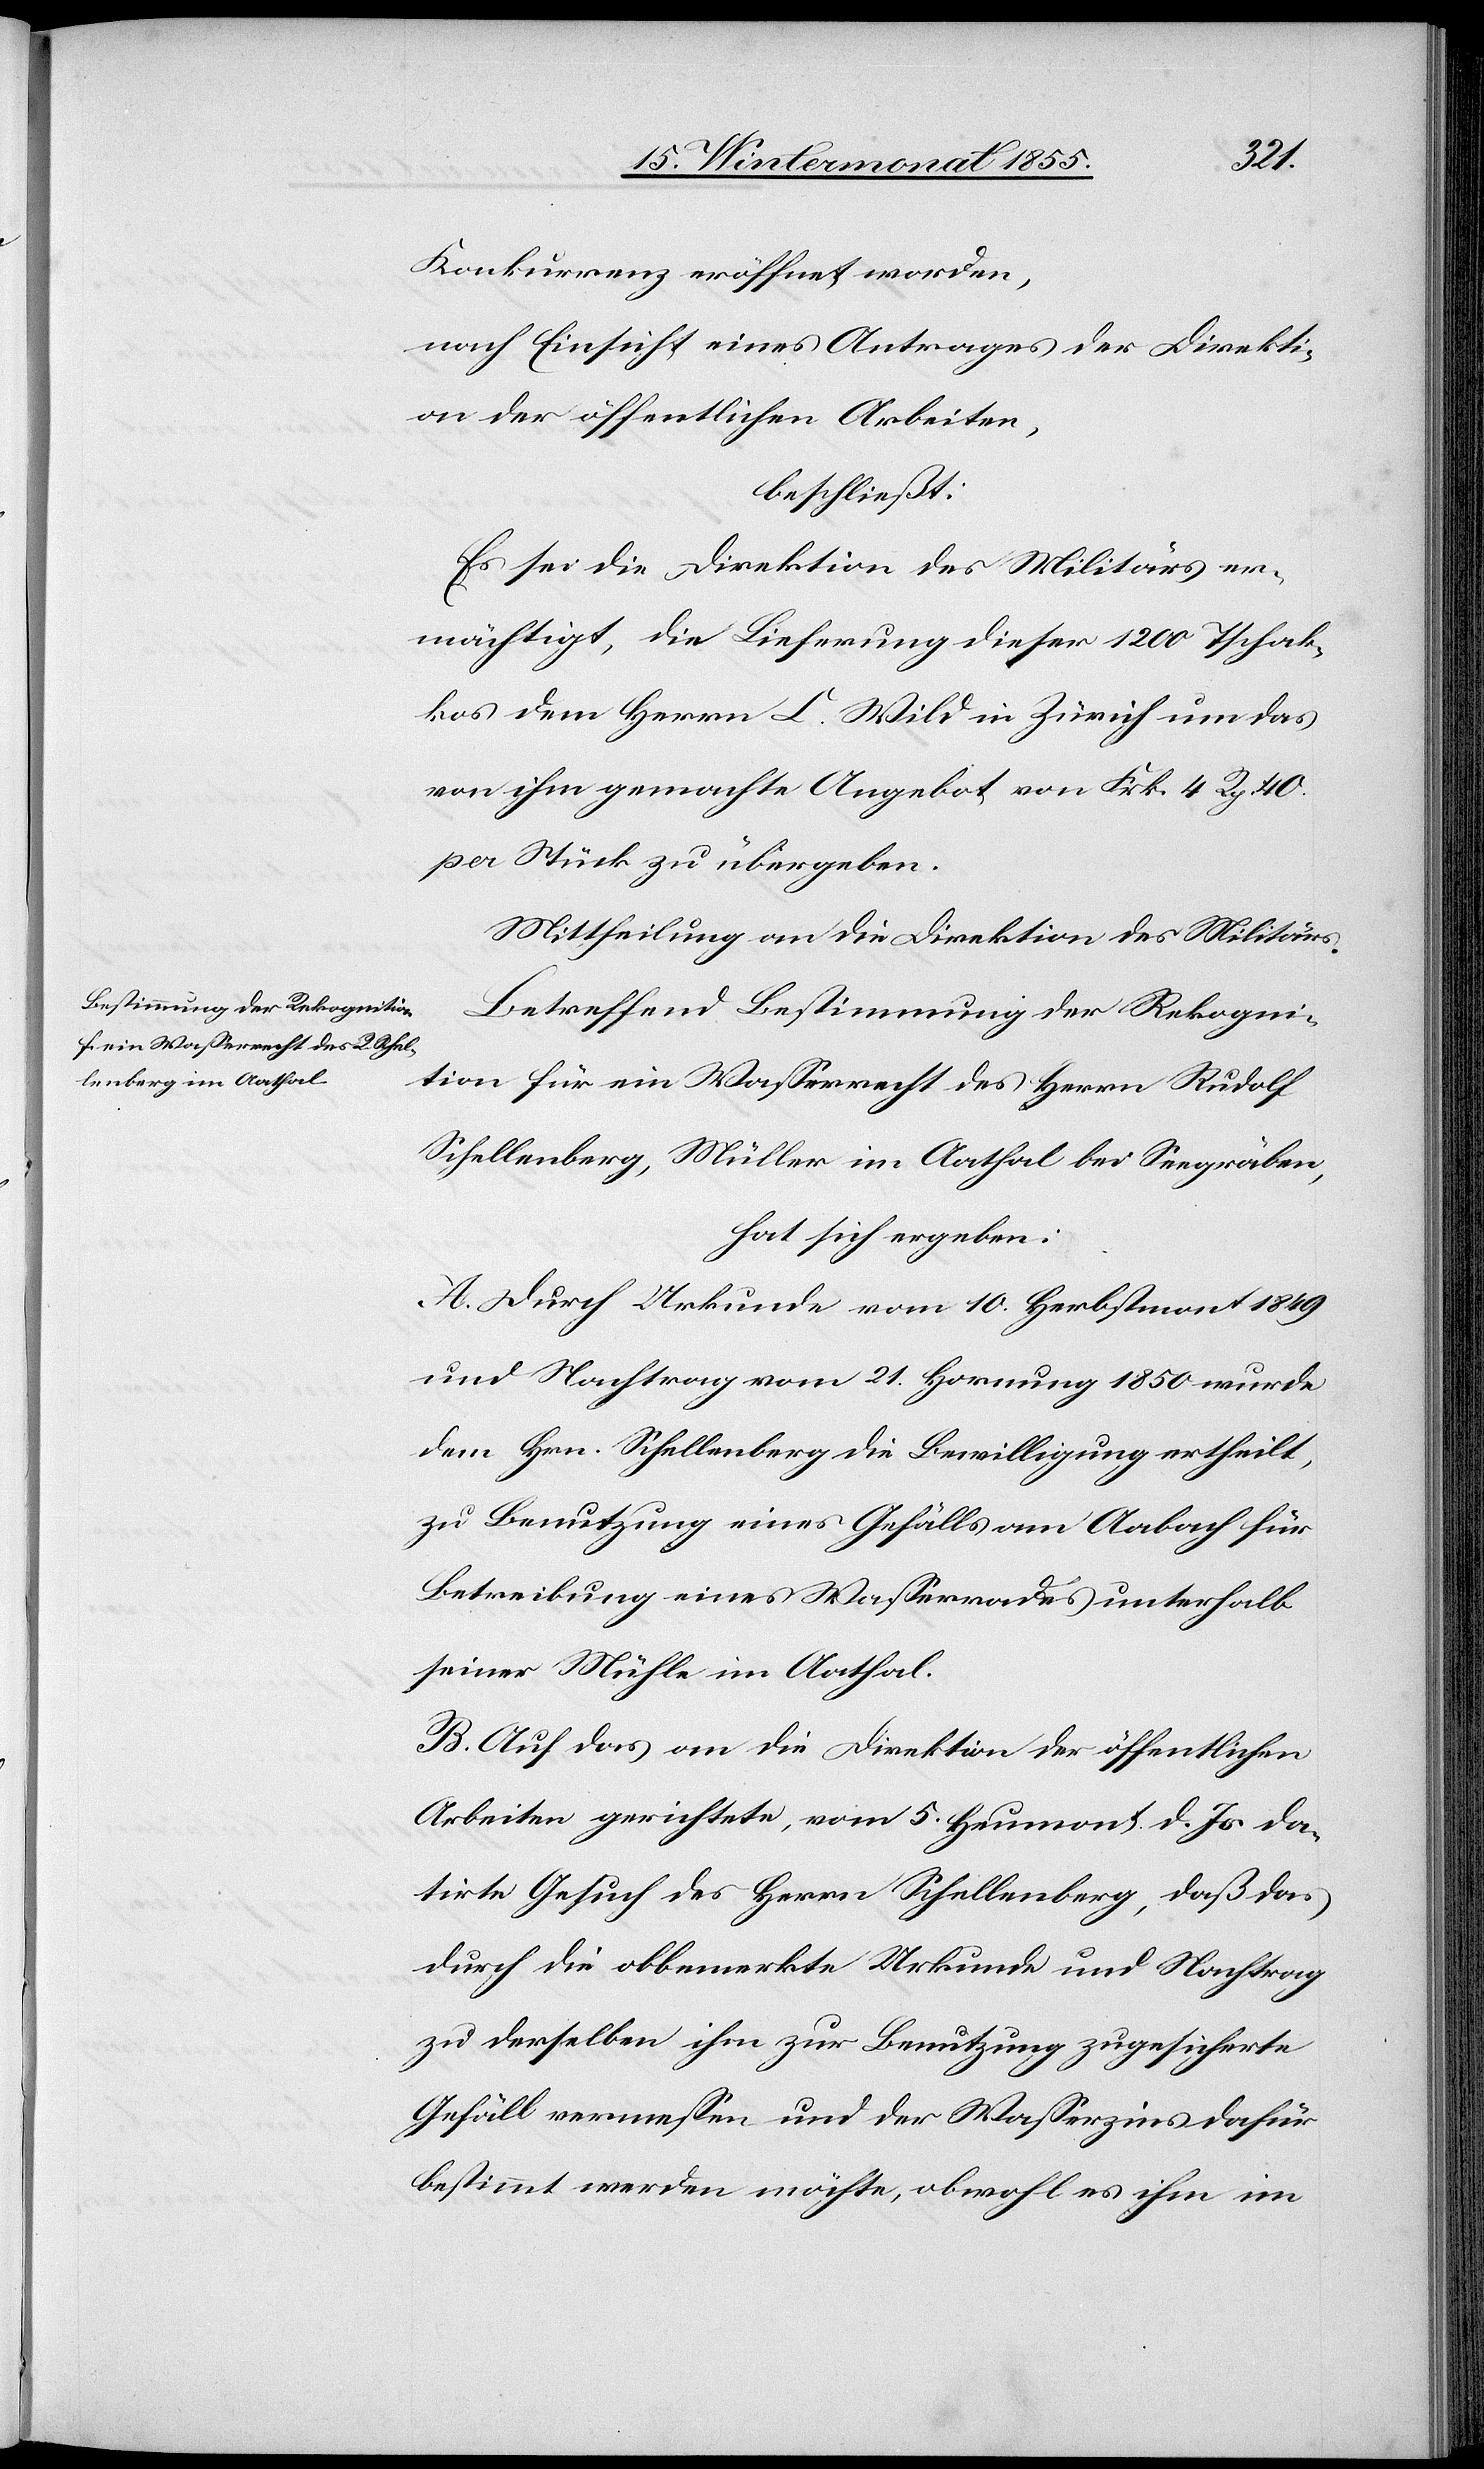
Konkurrenz eröffnet worden,
nach Einsicht eines Antrages der Direkti¬
on der öffentlichen Arbeiten,
beschließt:
Es sei die Direktion des Militärs er¬
mächtigt, die Lieferung dieser 1200 Tschak¬
kos dem Herrn C. Wild in Zürich um das
von ihm gemachte Angebot von Frk. 4 Rp. 40.
per Stück zu übergeben.
Mittheilung an die Direktion des Militärs.
Betreffend Bestimmung der Rekogni¬
tion für ein Wasserrecht des Herrn Rudolf
Schellenberg, Müller im Aathal bei Seegräben,
hat sich ergeben:
A. Durch Urkunde vom 10. Herbstmont. 1849
und Nachtrag vom 21. Hornung 1850 wurde
dem Hrn. Schellenberg die Bewilligung ertheilt,
zu Benutzung eines Gefälls am Aabach für
Betreibung eines Wasserrades unterhalb
seiner Mühle im Aathal.
B. Auf das an die Direktion der öffentlichen
Arbeiten gerichtete, vom 5. Heumont. d. Js. da¬
tirte Gesuch des Herrn Schellenberg, daß das
durch die obbemerkte Urkunde und Nachtrag
zu derselben ihm zur Benutzung zugesicherte
Gefäll vermessen und der Wasserzins dafür
bestimmt werden möchte, obwohl es ihm im